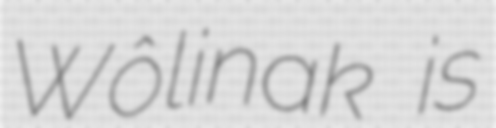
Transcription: Wôlinak is